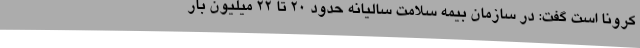
کرونا است گفت: در سازمان بیمه سلامت سالیانه حدود 20 تا 22 میلیون بار